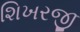
શિખરજી